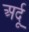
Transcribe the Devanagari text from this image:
अर्दू